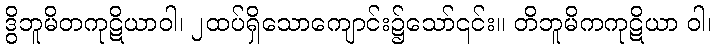
ဒွိဘူမိတကုဋိယာဝါ၊ ၂ထပ်ရှိသောကျောင်း၌သော်၎င်း။ တိဘူမိကကုဋိယာ ဝါ၊